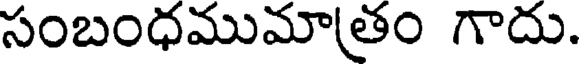
సంబంధముమాతం గాదు.